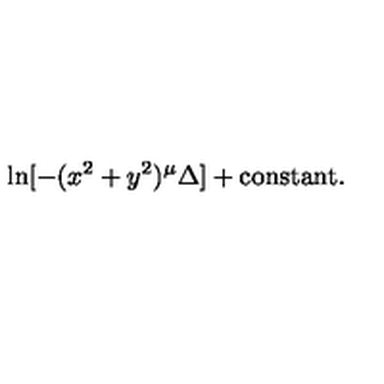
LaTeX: \ln [ - ( x ^ { 2 } + y ^ { 2 } ) ^ { \mu } \Delta ] + \mathrm { c o n s t a n t } .